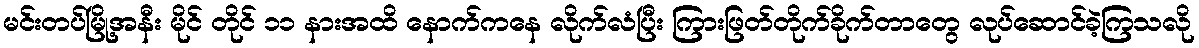
မင်းတပ်မြို့အနီး မိုင် တိုင် ၁၁ နားအထိ နောက်ကနေ လိုက်လံပြီး ကြားဖြတ်တိုက်ခိုက်တာတွေ လုပ်ဆောင်ခဲ့ကြသလို